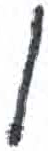
אות: ן